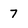
Character: 7